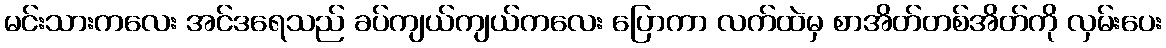
မင်းသားကလေး အင်ဒရေသည် ခပ်ကျယ်ကျယ်ကလေး ပြောကာ လက်ထဲမှ စာအိတ်တစ်အိတ်ကို လှမ်းပေး